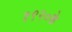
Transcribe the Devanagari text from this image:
१९२०के